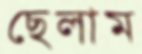
ছেলাম